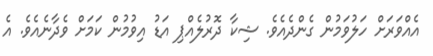
އެއްވަރަށް ހަލުވަމުން ގެންދެއެވެ. ޝިކާ ދޮރުލެއްޕި އަޑު އިވުމުން ކަމަށް ވެދާނެއެވެ. އެ